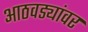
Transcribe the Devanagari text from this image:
आठवड्यांवर